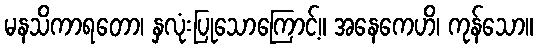
မနသိကာရတော၊ နှလုံးပြုသောကြောင့်။ အနေကေဟိ၊ ကုန်သော။